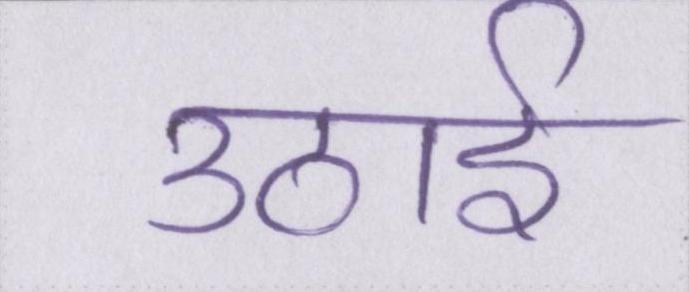
उठाई